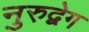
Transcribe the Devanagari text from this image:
नुरुद्वेग